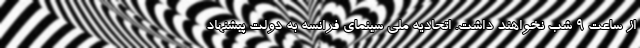
از ساعت 9 شب نخواهند داشت. اتحادیه ملی سینمای فرانسه به دولت پیشنهاد